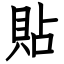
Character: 貼